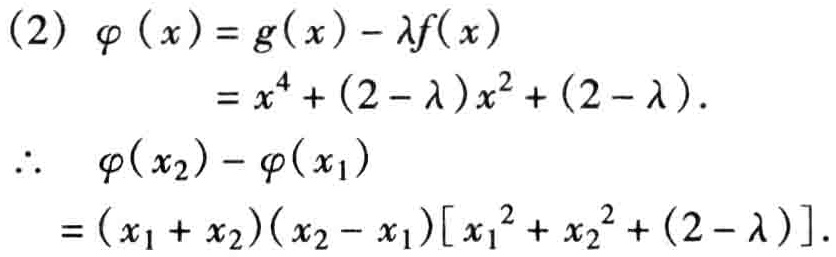
\[
\begin{align*}
(2)\quad\varphi(x)&=g(x)-\lambda f(x)\\
&=x^{4}+(2 - \lambda)x^{2}+(2 - \lambda).\\
\therefore\quad\varphi(x_{2})-\varphi(x_{1})&=(x_{1}+x_{2})(x_{2}-x_{1})[x_{1}^{2}+x_{2}^{2}+(2 - \lambda)].
\end{align*}
\]